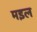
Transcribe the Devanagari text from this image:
मइल